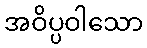
အဝိပ္ပဝါသော